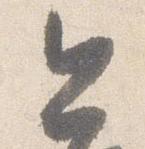
今